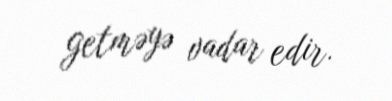
getməyə vadar edir.